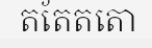
តតែតតោ